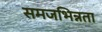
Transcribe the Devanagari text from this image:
समजभिन्नता